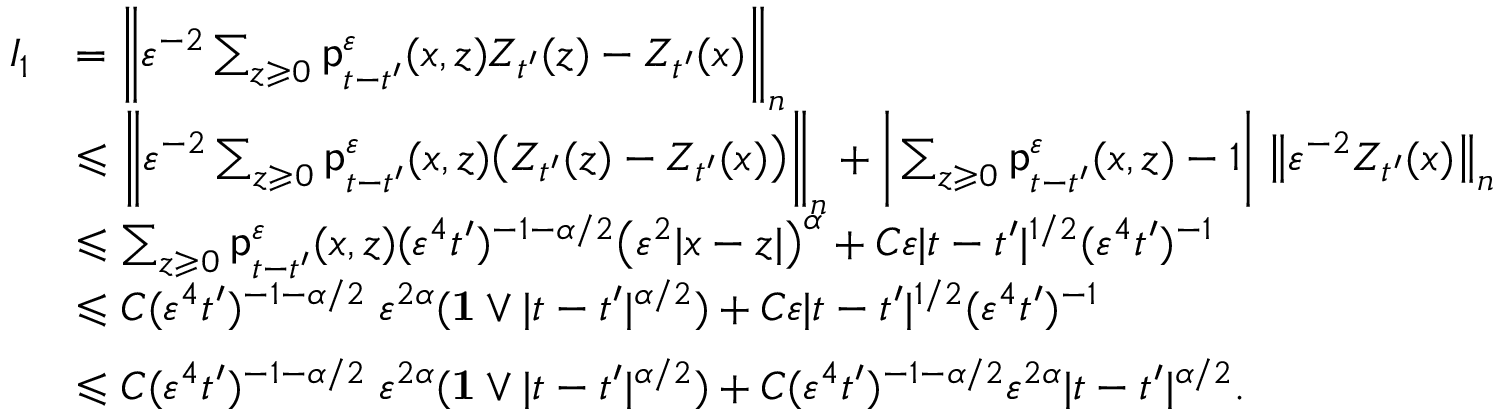
\begin{array} { r l } { I _ { 1 } } & { = \bigg \| \varepsilon ^ { - 2 } \sum _ { z \geqslant 0 } \mathsf { p } _ { t - t ^ { \prime } } ^ { \varepsilon } ( x , z ) Z _ { t ^ { \prime } } ( z ) - Z _ { t ^ { \prime } } ( x ) \bigg \| _ { n } } \\ & { \leqslant \bigg \| \varepsilon ^ { - 2 } \sum _ { z \geqslant 0 } \mathsf { p } _ { t - t ^ { \prime } } ^ { \varepsilon } ( x , z ) \big ( Z _ { t ^ { \prime } } ( z ) - Z _ { t ^ { \prime } } ( x ) \big ) \bigg \| _ { n } + \bigg | \sum _ { z \geqslant 0 } \mathsf { p } _ { t - t ^ { \prime } } ^ { \varepsilon } ( x , z ) - 1 \bigg | \; \big \| \varepsilon ^ { - 2 } Z _ { t ^ { \prime } } ( x ) \big \| _ { n } } \\ & { \leqslant \sum _ { z \geqslant 0 } \mathsf { p } _ { t - t ^ { \prime } } ^ { \varepsilon } ( x , z ) ( \varepsilon ^ { 4 } t ^ { \prime } ) ^ { - 1 - \alpha / 2 } \big ( \varepsilon ^ { 2 } | x - z | \big ) ^ { \alpha } + C \varepsilon | t - t ^ { \prime } | ^ { 1 / 2 } ( \varepsilon ^ { 4 } t ^ { \prime } ) ^ { - 1 } } \\ & { \leqslant C ( \varepsilon ^ { 4 } t ^ { \prime } ) ^ { - 1 - \alpha / 2 } \; \varepsilon ^ { 2 \alpha } ( \mathbf { 1 } \vee | t - t ^ { \prime } | ^ { \alpha / 2 } ) + C \varepsilon | t - t ^ { \prime } | ^ { 1 / 2 } ( \varepsilon ^ { 4 } t ^ { \prime } ) ^ { - 1 } } \\ & { \leqslant C ( \varepsilon ^ { 4 } t ^ { \prime } ) ^ { - 1 - \alpha / 2 } \; \varepsilon ^ { 2 \alpha } ( \mathbf { 1 } \vee | t - t ^ { \prime } | ^ { \alpha / 2 } ) + C ( \varepsilon ^ { 4 } t ^ { \prime } ) ^ { - 1 - \alpha / 2 } \varepsilon ^ { 2 \alpha } | t - t ^ { \prime } | ^ { \alpha / 2 } . \vphantom { \bigg ( } } \end{array}